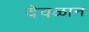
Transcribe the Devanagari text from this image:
देवळान